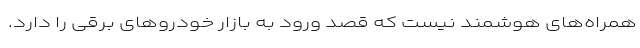
همراه‌های هوشمند نیست که قصد ورود به بازار خودروهای برقی را دارد.